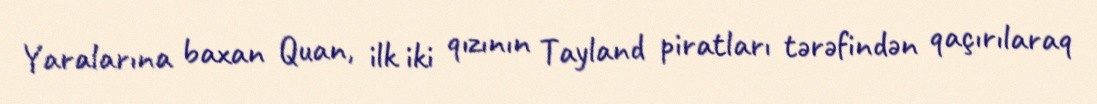
Yaralarına baxan Quan, ilk iki qızının Tayland piratları tərəfindən qaçırılaraq